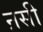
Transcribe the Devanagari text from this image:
ऩसी